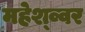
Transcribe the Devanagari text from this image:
महेश्व्वर